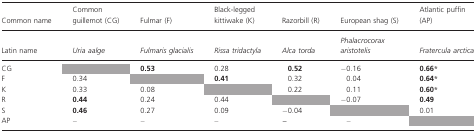
<table><thead><tr><td><b>Common name</b></td><td><b>Common guillemot (CG)</b></td><td><b>Fulmar (F)</b></td><td><b>Black-legged kittiwake (K)</b></td><td><b>Razorbill (R)</b></td><td><b>European shag (S)</b></td><td><b>Atlantic puffin (AP)</b></td></tr><tr><td><b>Latin name</b></td><td><b><i>Uria aalge</i></b></td><td><b><i>Fulmaris glacialis</i></b></td><td><b><i>Rissa tridactyla</i></b></td><td><b><i>Alca torda</i></b></td><td><b><i>Phalacrocorax aristotelis</i></b></td><td><b><i>Fratercula arctica</i></b></td></tr></thead><tbody><tr><td>CG</td><td></td><td><b>0.53</b></td><td>0.28</td><td><b>0.52</b></td><td>−0.16</td><td><b>0.66*</b></td></tr><tr><td>F</td><td>0.34</td><td></td><td><b>0.41</b></td><td>0.32</td><td>0.04</td><td><b>0.64*</b></td></tr><tr><td>K</td><td>0.33</td><td>0.08</td><td></td><td>0.22</td><td>0.11</td><td><b>0.60*</b></td></tr><tr><td>R</td><td><b>0.44</b></td><td>0.24</td><td>0.44</td><td></td><td>−0.07</td><td><b>0.49</b></td></tr><tr><td>S</td><td><b>0.46</b></td><td>0.27</td><td>0.09</td><td>−0.04</td><td></td><td>0.01</td></tr><tr><td>AP</td><td>–</td><td>–</td><td>–</td><td><b>–</b></td><td>–</td><td></td></tr></tbody></table>